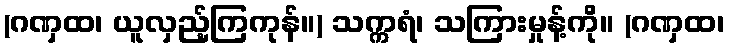
(ဂဏှထ၊ ယူလှည့်ကြကုန်။) သက္ကရံ၊ သကြားမှုန့်ကို။ (ဂဏှထ၊